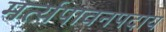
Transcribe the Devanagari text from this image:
मर्त्यपावनपदाय